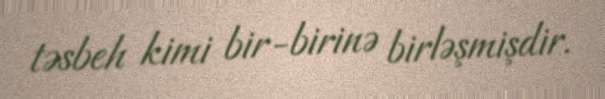
təsbeh kimi bir-birinə birləşmişdir.